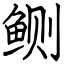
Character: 鲗